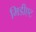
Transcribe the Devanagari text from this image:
मिडीएट